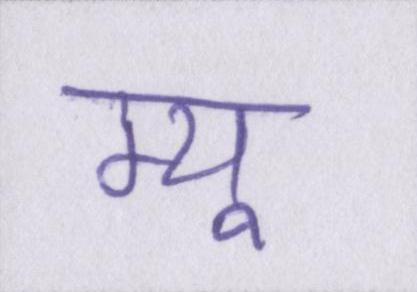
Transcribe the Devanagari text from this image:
म्यू